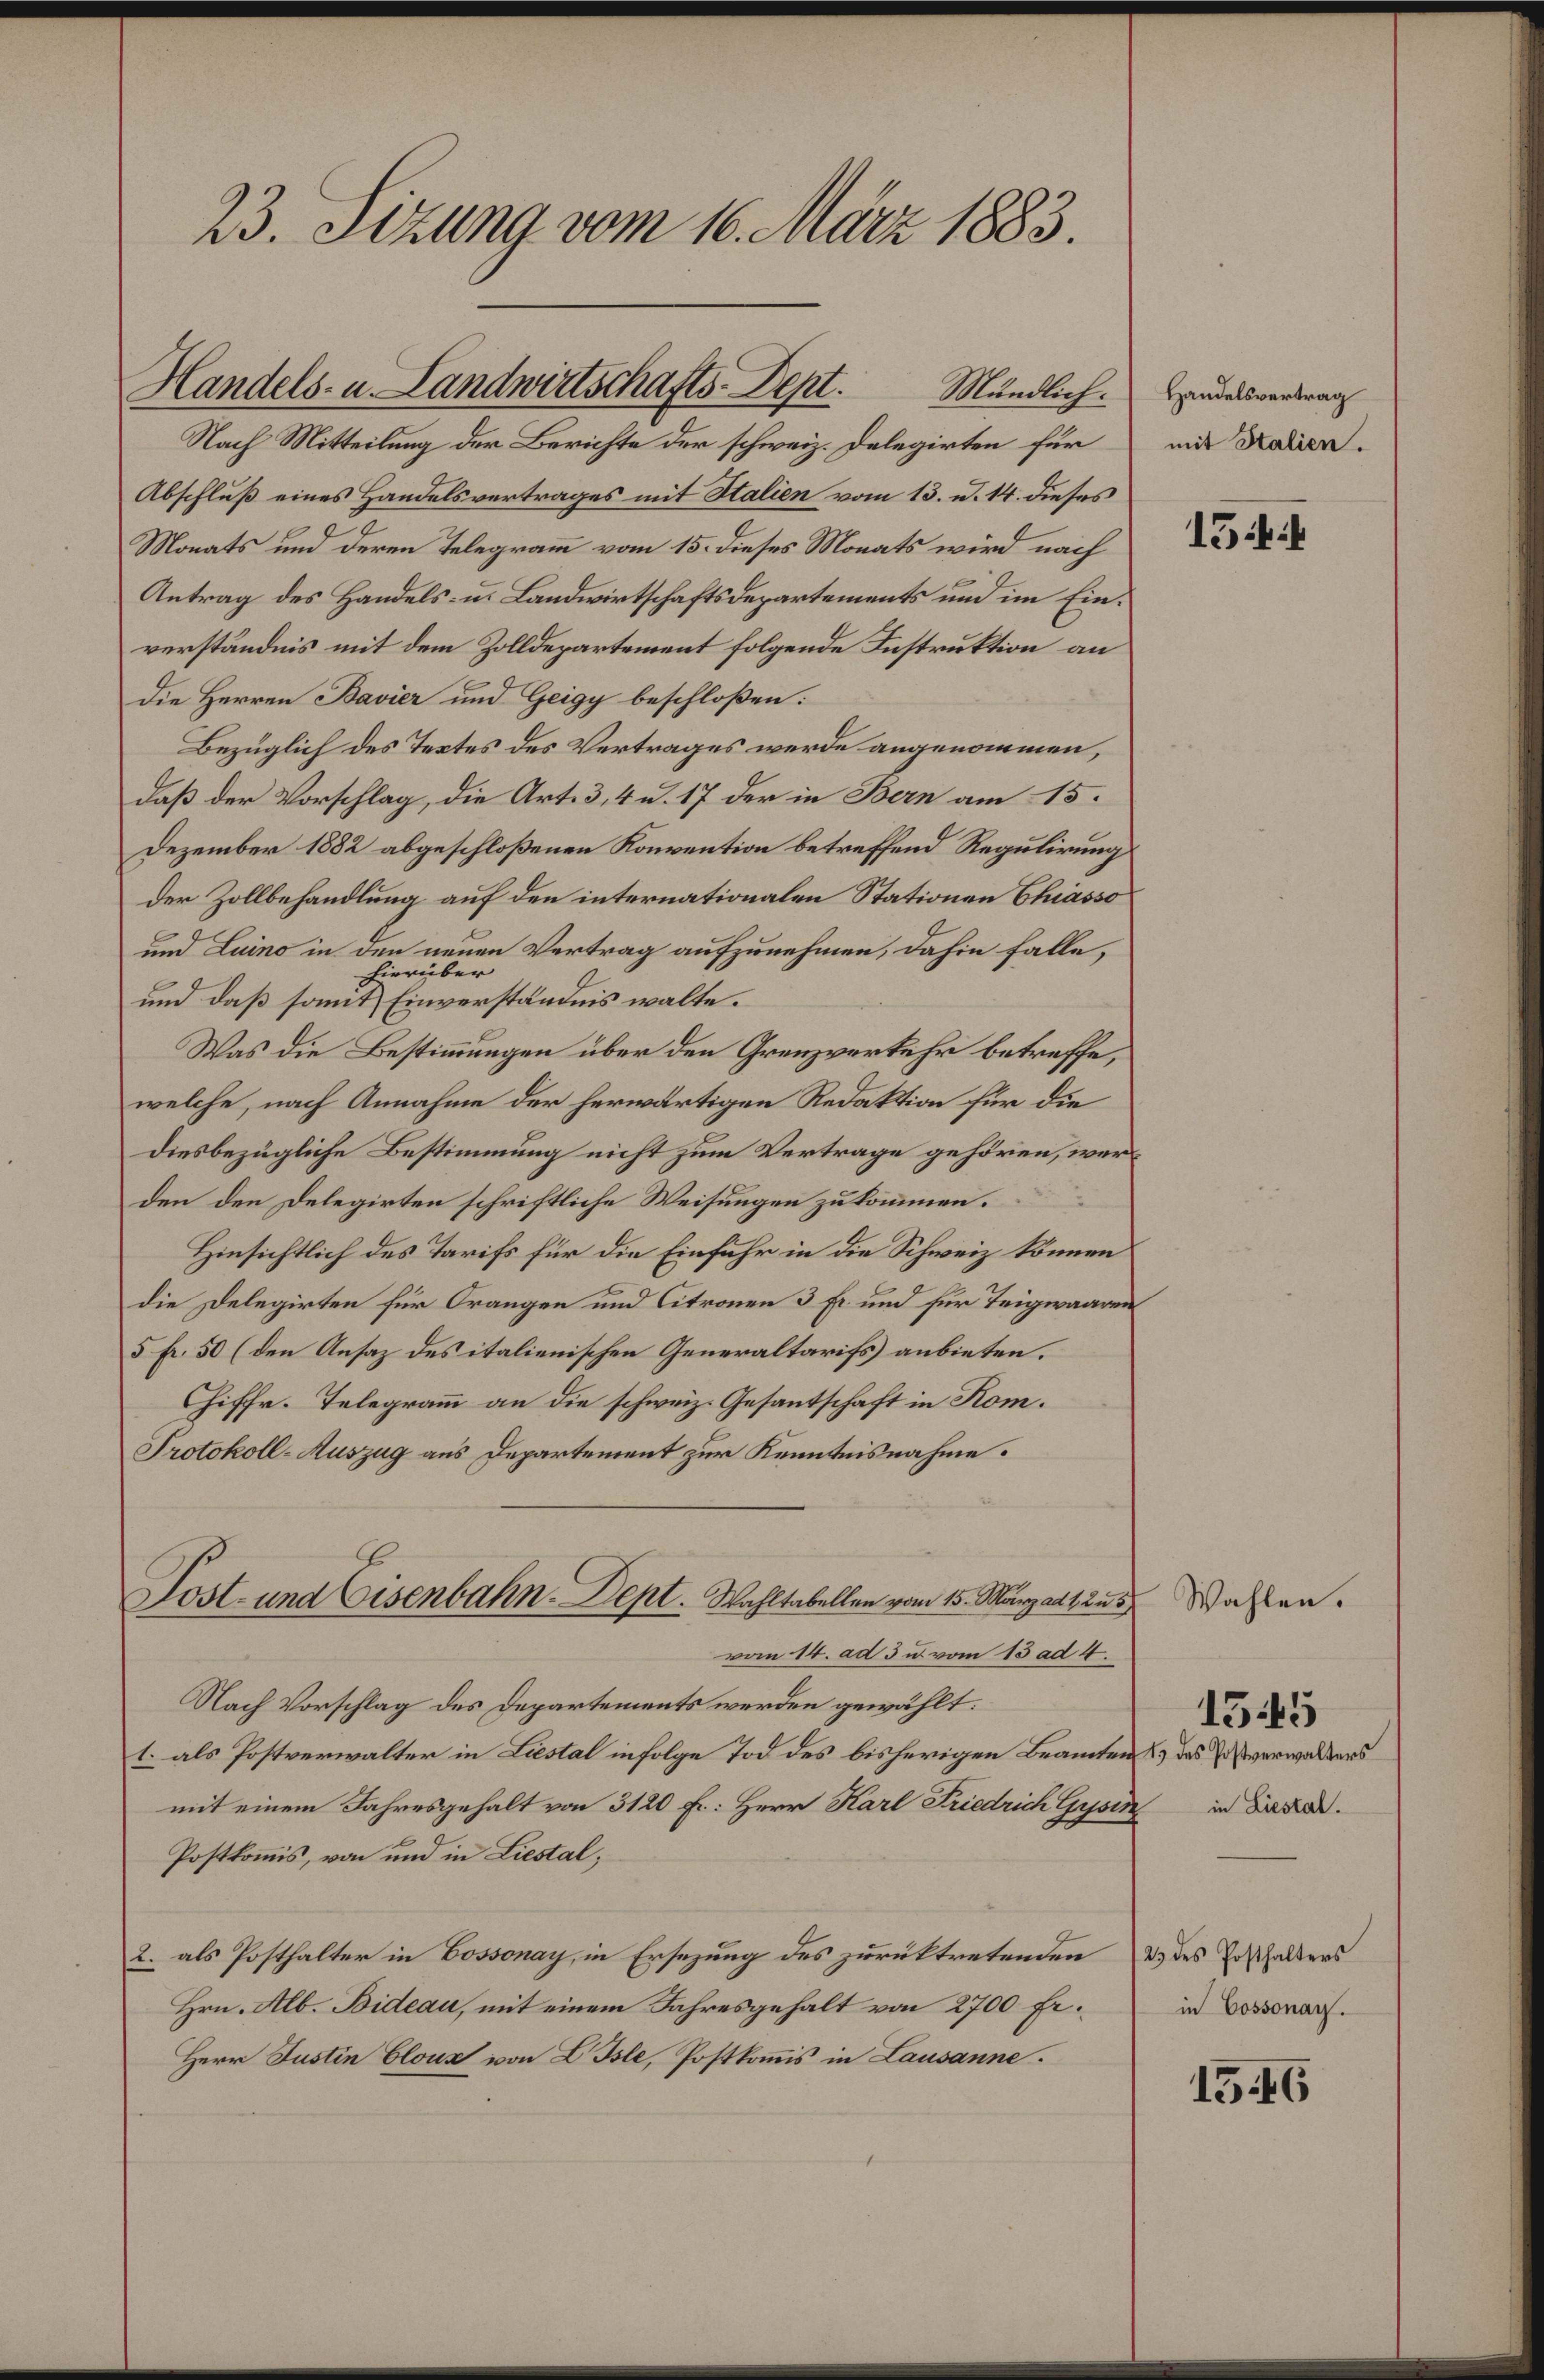
23. Sizung vom 16. März 1883.

Handels- u. Landwirtschafts-Dept.
Mändlich.

Nach Mitteilung der Berichte der schweiz. Delegirten für
Abschluß eines Handelsvertrages mit Stalien vom 13. d. 14. dieses
Monats und deren Telegramm vom 15. dieses Monats wird nach
Antrag des Handels- u. Landwirtschaftsdepartements und im Einverständnis mit dem Zolldepartement folgende Instruktion an
Die Herren Bavier und Geigy beschloßen:
Bezüglich des Textes des Vertrages werde angenommen,
daß der Vorschlag, die Art. 3, 4 u. 17 der in Bern am 15.
Dezember 1882 abgeschloßenen Konvention betreffend Regulirung
der Zollbehandlung auf den internationalen Stationen Chiasso
und Luino in den neuen Vertrag aufzunehmen, dahin falle,
hierüber
und daß somit Einverständnis walte.
Was die Bestimmungen über den Grenzverkehr betreffe,
welche, nach Annahme der herwärtigen Redaktion für die
diesbezügliche Bestimmung nicht zum Vertrage gehören, werden den Delegirten schriftliche Weisungen zu kommen.
Hinsichtlich des Tarifs für die Einfuhr in die Schweiz können
die Delegirten für Orangen und Citronen 3 Fr. und für Teigwaaren
5 Fr. 50 (den Ansaz des italienischen Generaltarifs anbieten.
Chiffr. Telegramm an die schweiz. Gesantschaft in Kom.
Protokoll-Auszug aus Departement zur Kenntnisnahme.
Sost- und Eisenbahn-Dept. Wahltabellen vom 15. März ad 1. 23
vom 14. ad 3 u. vom 13 ad 4.
Nach Vorschlag des Departements werden gewählt:
1. als Postverwalter in Liestal infolge Tod des bisherigen Beamten & des Postverwalters
mit einem Jahresgehalt von 3120 Fr. Herr Karl Friedrich Gysin
Postkommis, von und in Liestal,
2. als Posthalter in Cossonay, in Ersezung des zurücktretenden des Posthalters
Hrn. Alb. Bideau, mit einem Jahresgehalt von 2700 Fr.
Herr Justin Clouz von L. Isle, Postkommis in Lausanne.

Handelsvertrag
mit Stalien.

154

Wahlen.

1545
in Liestal.

in Cossonay.

1546